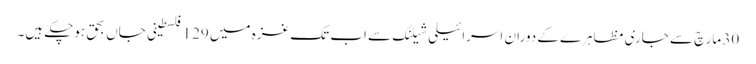
30 مارچ سے جاری مظاہرے کے دوران اسرائیلی شیلنگ سے اب تک غزہ میں 129 فلسطینی جاں بحق ہوچکے ہیں۔